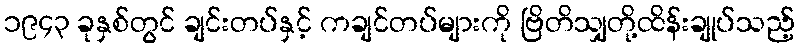
၁၉၄၃ ခုနှစ်တွင် ချင်းတပ်နှင့် ကချင်တပ်များကို ဗြိတိသျှတို့ထိန်းချုပ်သည့်